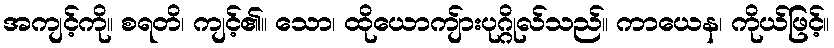
အကျင့်ကို။ စရတိ၊ ကျင့်၏။ သော၊ ထိုယောကျ်ားပုဂ္ဂိုလ်သည်။ ကာယေန၊ ကိုယ်ဖြင့်။